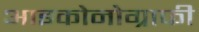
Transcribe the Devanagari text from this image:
आइकोनोग्राफी